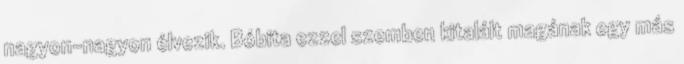
nagyon-nagyon élvezik. Bóbita ezzel szemben kitalált magának egy más